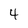
Character: 4